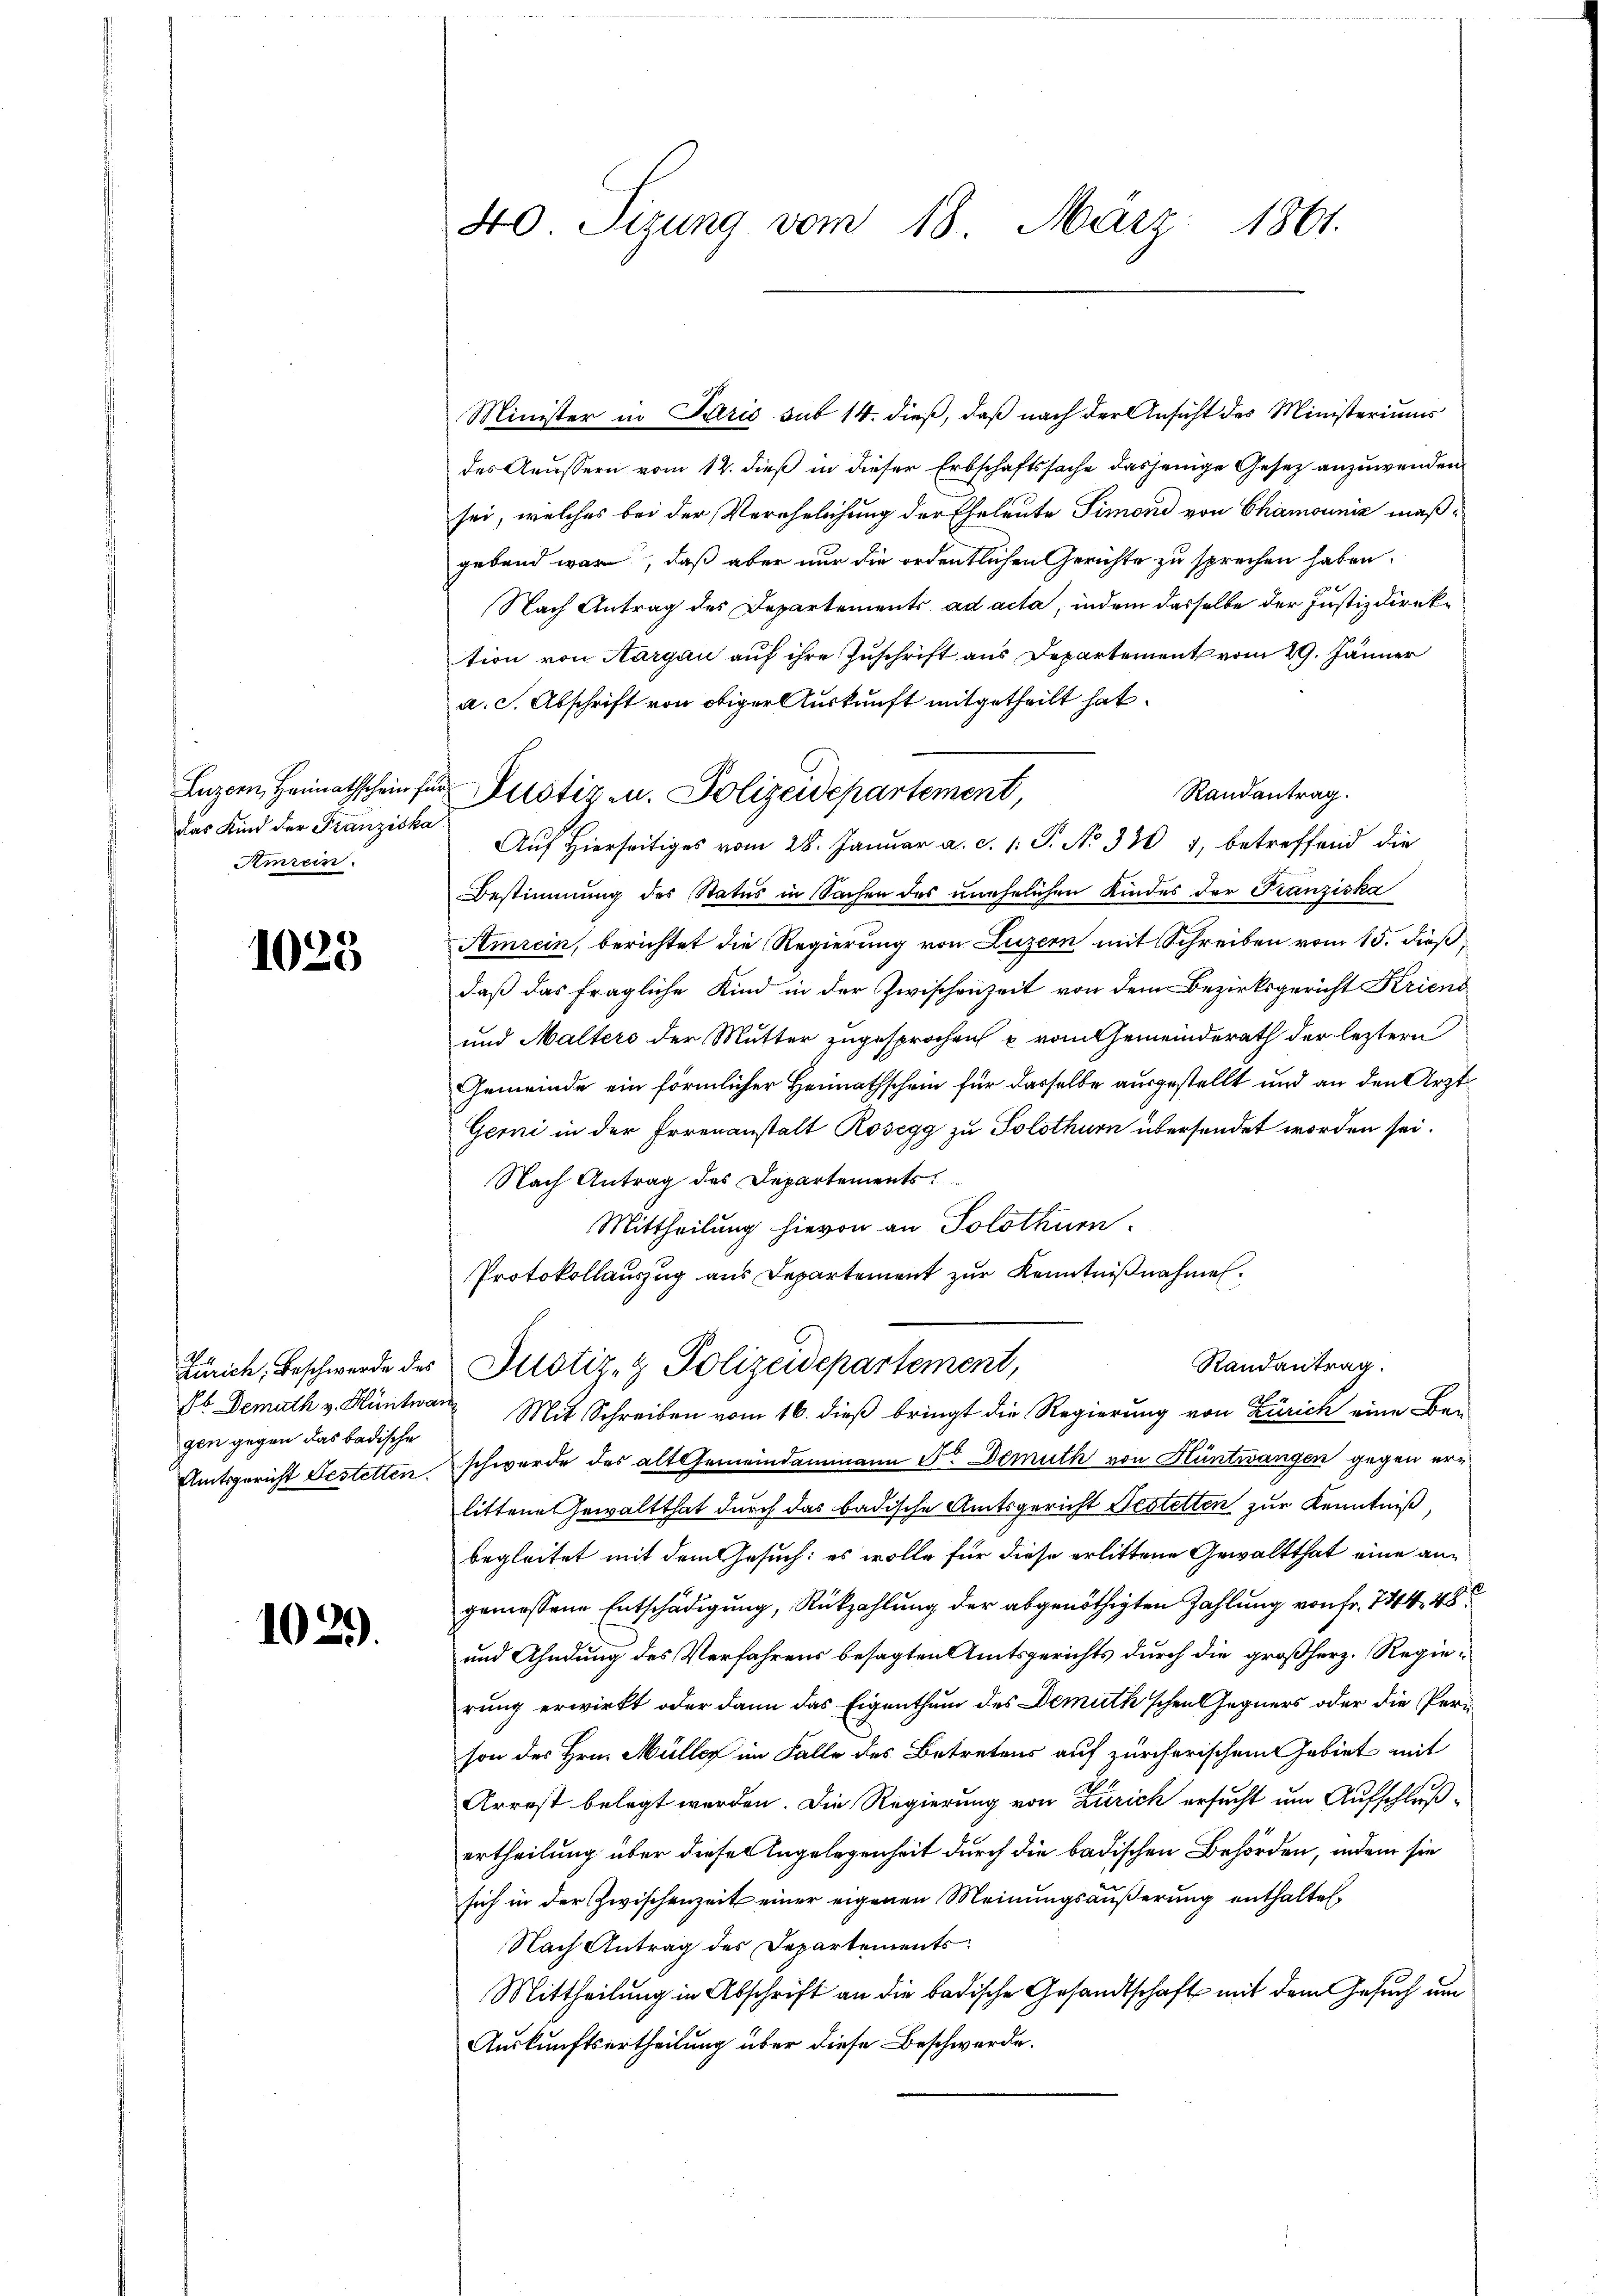
Luzern, Heimathschein für
das Kind der Franziska
Amrein.

1023

gen gegen das badische
Amtsgericht Gestetten.

1029.

40. Sizung vom 18. März 1861.

Minister in Paris sub 14. dieß, daß nach der Ansicht des Ministeriums
des Aeussern vom 12. dieß in dieser Erbschaftssache dasjenige Gesetz anzuwenden,
sei, welches bei der Verehelichung der Eheleute Simoni von Chamouniz maßgebend war, daß aber nur die ordentlichen Gerichte zu sprechen haben.
Nach Antrag des Departements ad acta, indem dasselbe der Justizdirektion von Aargau auf ihre Zuschrift aus Departement vom 29. Jänner
a. c. Abschrift von obiger Auskunft mitgetheilt hat.
Randantrag.
Aŭf Hierseitiges vom 28. Januar a. c. 1. P. No 330 4, betreffend die
Bestimmung des Status in Sachen des unehelichen Kindes der Franziska
Amrein, berichtet die Regierung von Luzern mit Schreiben vom 15. dieß,
daß das fragliche Kind in der Zwischenzeit von dem Bezirksgericht Kriend
und Malters der Mutter zugesprochen u vom Gemeinderath der leztern
Gemeinde ein förmlicher Heimathschein für dasselbe ausgestellt und an den Arzt¬
Gerni in der Irrenanstalt Rosegg zu Solothurn übersendet worden sei.
Nach Antrag des Departements
Mittheilung hievon an Solothurn.
Protokollauszug aus Departement zur Kenntnißnahmen.
Randantrag.
Zürich, Beschwerde des Justiz- & Polizeidepartement,
Eb Demuth v. Hüntwar Mit Schreiben vom 16. dieß bringt die Regierung von Zürich eine Be-
schwerde des alt Gemeindammann Sr. Demuth von Hüntwangen gegen erlittene Gewaltthat durch das badische Amtsgericht Gestelten zur Kenntniß,
begleitet mit dem Gesuch: es wolle für diese erlittene Gewaltthat eine angemessene Entschädigung, Rückzahlung der abgenöthigten Zahlung von fr. 744. 48
und Ahndung des Verfahrens besagten Amtsgerichts durch die großherz. Regierung erwirkt oder dann das Eigenthum des Demuth'schen Gegners oder die Person des Hrn. Müller im Falle des Betretens auf zürcherischen Gebiet mit
Arrest belegt werden. Die Regierung von Zürich ersucht um Aufschlußertheilung über dieses Angelegenheit durch die badischen Behörden, indem sie
sich in der Zwischenzeit einer eigenen Meinungsäußerung enthalten¬
Nach Antrag des Departements
Mittheilung in Abschrift an die badische Gesandtschaft mit dem Gesuch um
Auskunftsertheilung über diese Beschwerde.

Justiz u. Polizeidepartement,